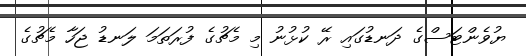
ޔުވެންޓަސްގެ ދަނޑުގައި ރޭ ކުޅުނު މި މެޗުގެ ފުރަތަމަ ލަނޑު ޖަހާ މެޗުގެ